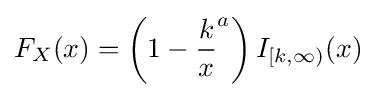
F_{X}(x)=\left(1-{\frac {k}{x}}^{a}\right)I_{[k,\infty )}(x)